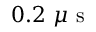
0 . 2 ~ \mu \mathrm { ~ s ~ }